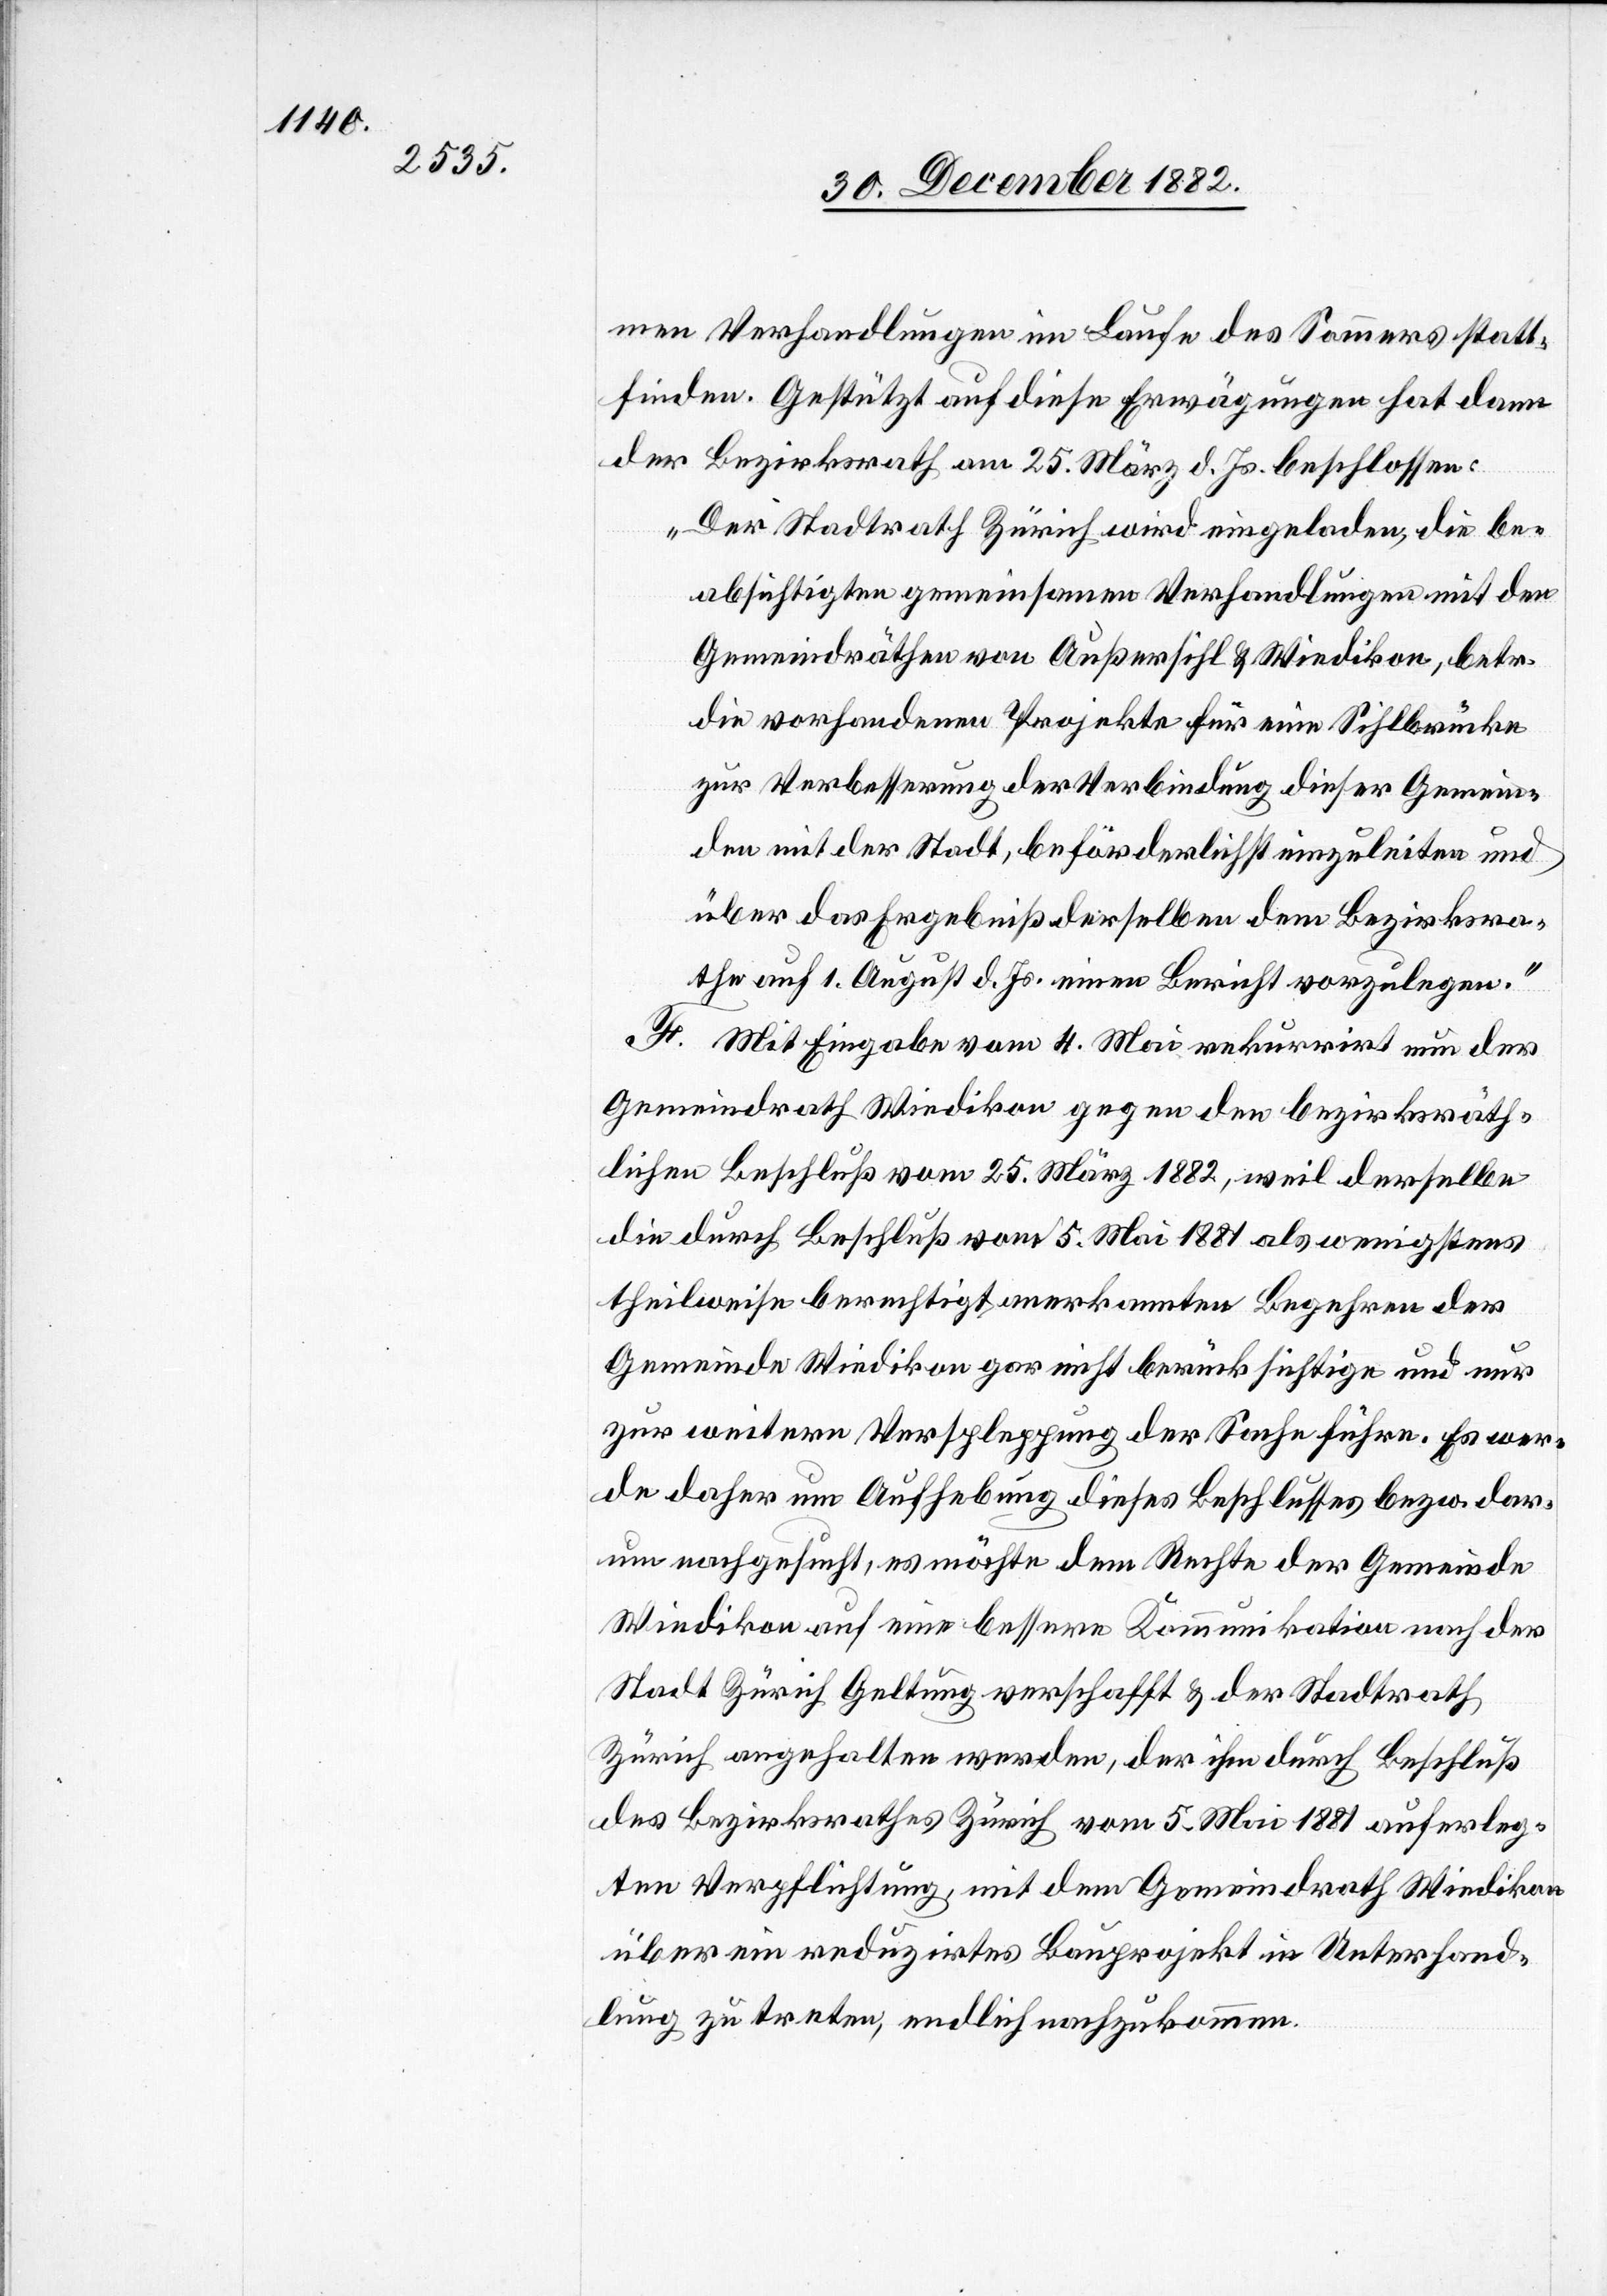
men Verhandlungen im Laufe des Sommers statt¬
finden Gestützt auf diese Erwägungen hat dann
der Bezirksrath am 25. März d. Js. beschlossen:
„Der Stadtrath Zürich wird eingeladen, die be¬
absichtigten gemeinsamen Verhandlungen mit den
Gemeindräthen von Außersihl & Wiedikon, betr.
die vorhandenen Projekte für eine Sihlbrücke
zur Verbesserung der Verbindung dieser Gemein¬
den mit der Stadt, beförderlichst einzuleiten und
über das Ergebniß derselben dem Bezirksra¬
the auf 1. August d. Js. einen Bericht vorzulegen.“
F. Mit Eingabe vom 4. Mai rekurrirt nun der
Gemeindrath Wiedikon gegen den bezirksräth¬
lichen Beschluß vom 25. März 1882, weil derselbe
die durch Beschluß vom 5. Mai 1881 als wenigstens
theilweise berechtigt anerkannten Begehren der
Gemeinde Wiedikon gar nicht berücksichtige und nur
zur weitern Verspleppung [recte: Verschleppung] der
werde daher um Aufhebung dieses Beschlusses bezw. dar¬
um nachgesucht, es möchte dem Rechte der Gemeinde
Wiedikon auf eine bessere Kommunikation nach der
Stadt Zürich Geltung verschafft & der Stadtrath
Zürich angehalten werden, der ihm durch Beschluß
des Bezirksrathes Zürich vom 5. Mai 1881 auferleg¬
ten Verpflichtung, mit dem Gemeindrath Wiedikon
über ein reduzirtes Bauprojekt in Unterhand¬
lung zu treten, endlich nachzukommen.